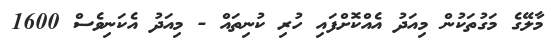
މާލޭގެ މަގުތަކުން މިއަދު އެއްކޮށްފައި ހުރި ކުނިތައް - މިއަދު އެކަނިވެސް 1600